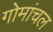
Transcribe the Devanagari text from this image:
गोमांचल